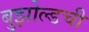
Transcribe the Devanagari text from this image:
बुझोल्डची